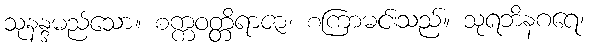
သုနန္ဒမည်သော။ စက္ကဝတ္တိရာဇာ၊ စကြာမင်းသည်။ သုရဘိနဂရေ၊